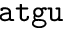
\tt a t g u